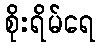
စိုးရိမ်ရေ